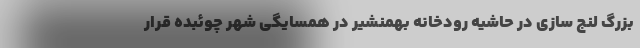
بزرگ لنج سازی در حاشیه رودخانه بهمنشیر در همسایگی شهر چوئبده قرار